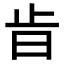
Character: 𣥜